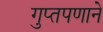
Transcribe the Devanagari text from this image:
गुप्तपणाने